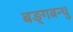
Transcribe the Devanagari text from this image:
बङ्गबन्धु